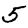
Digit: 5